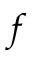
f